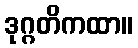
ဒုဂ္ဂတိကထာ။